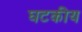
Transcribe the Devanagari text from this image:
घटकीय